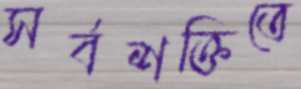
সর্বশক্তিতে